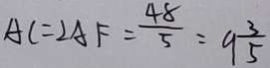
A C = 2 A F = \frac { 4 8 } { 5 } = 9 \frac { 3 } { 5 }